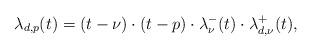
LaTeX: \begin{align*} \lambda_{d,p} (t) =(t-\nu)\cdot (t-p) \cdot \lambda_\nu^- (t) \cdot \lambda_{d,\nu} ^+(t),\end{align*}